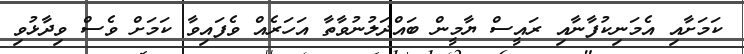
ކަމަށާއި އެމަނިކުފާނާއި ރައީސް ޔާމީން ބައްދަލުނުވާތާ އަހަރެއް ވެފައިވާ ކަމަށް ވެސް ވިދާޅުވި